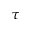
\tau